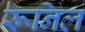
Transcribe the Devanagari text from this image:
रूनिल